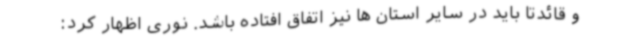
و قائدتا باید در سایر استان ها نیز اتفاق افتاده باشد. نوری اظهار کرد: